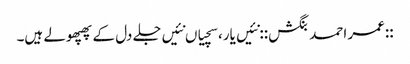
::عمر احمد بنگش:: نئیں یار، سچیاں نئیں‌جلے دل کے پھپھولے ہیں۔